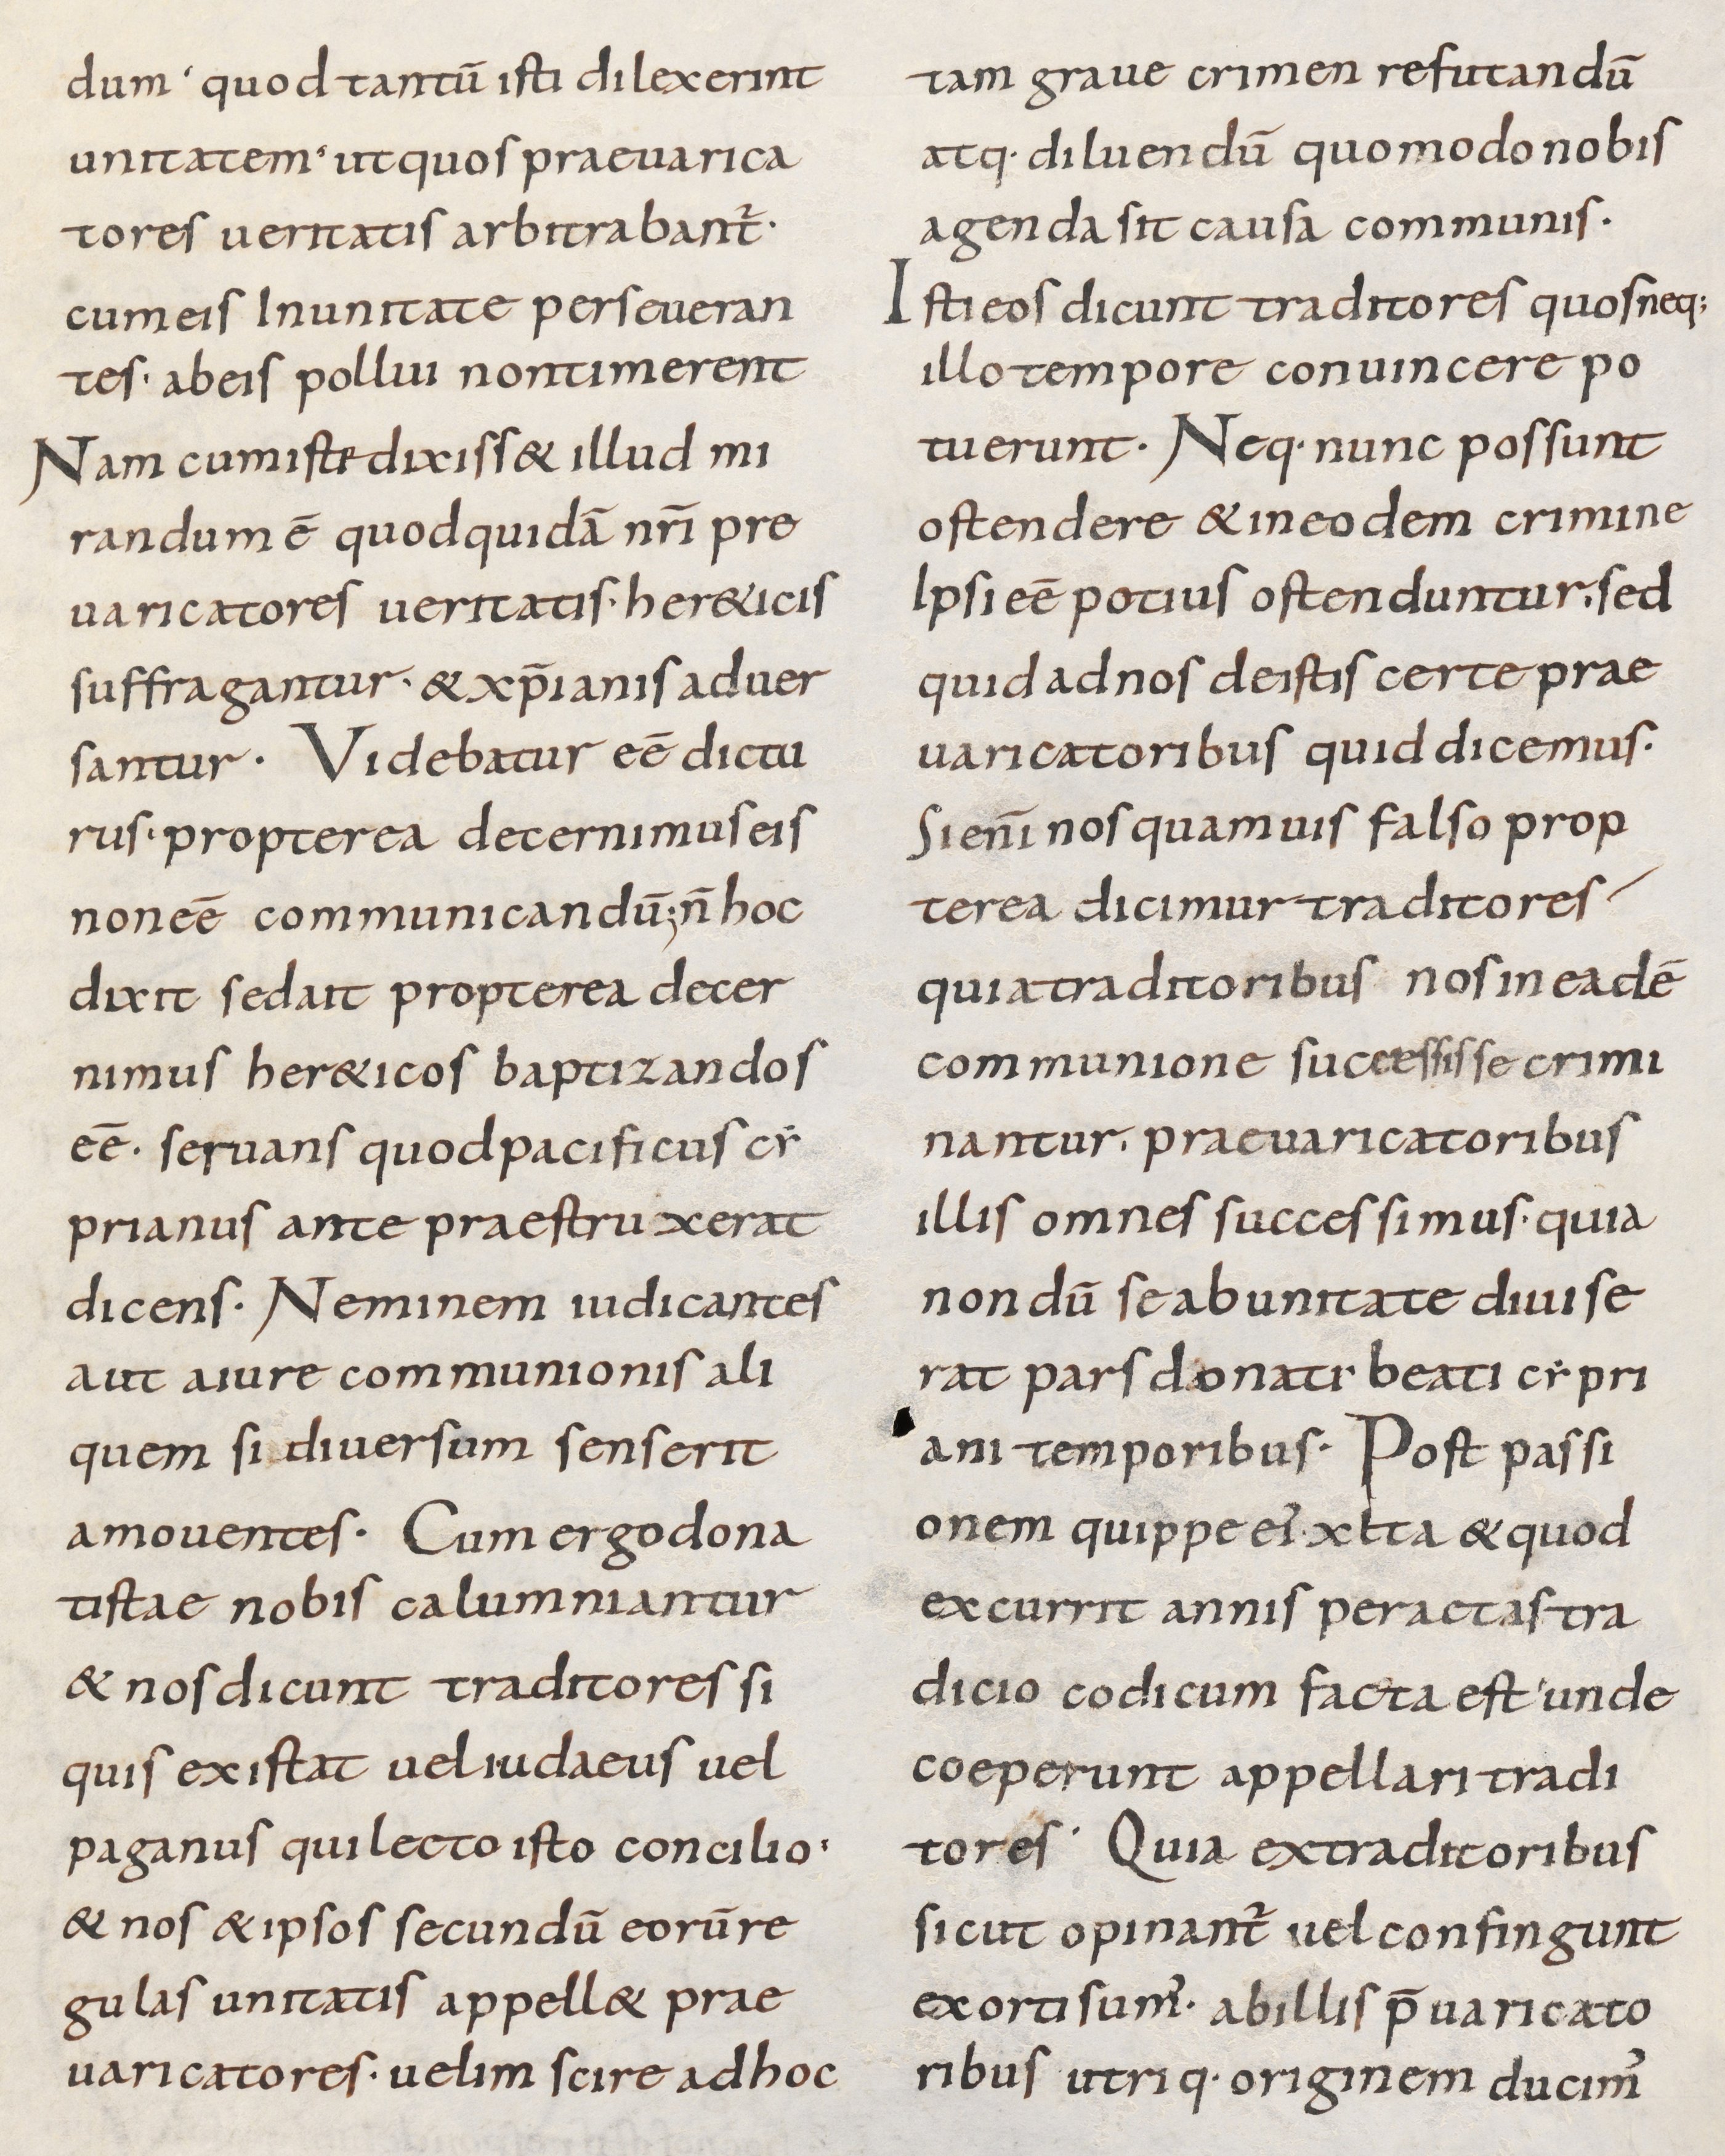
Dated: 800–899